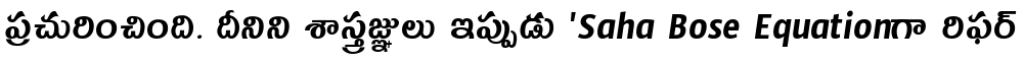
ప్రచురించింది. దీనిని శాస్త్రజ్ఞులు ఇప్పుడు 'Saha Bose Equationగా రిఫర్